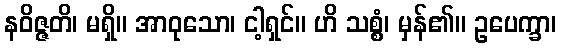
နဝိဇ္ဇတိ၊ မရှိ။ အာဝုသော၊ ငါ့ရှင်။ ဟိ သစ္စံ၊ မှန်၏။ ဥပေက္ခာ၊